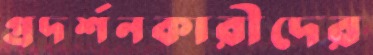
প্রদর্শনকারীদের